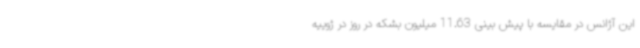
این آژانس در مقایسه با پیش بینی 11.63 میلیون بشکه در روز در ژوییه